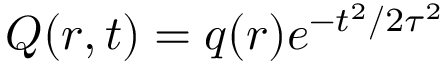
Q ( \boldsymbol { r } , t ) = q ( \boldsymbol { r } ) e ^ { - t ^ { 2 } / 2 \tau ^ { 2 } }